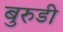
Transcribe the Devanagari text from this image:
बुरुडी